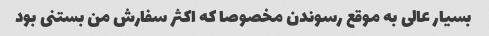
بسیار عالی به موقع رسوندن مخصوصا که اکثر سفارش من بستنی بود